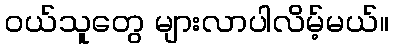
ဝယ်သူတွေ များလာပါလိမ့်မယ်။